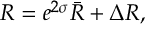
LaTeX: R = e ^ { 2 \sigma } \bar { R } + \Delta R ,